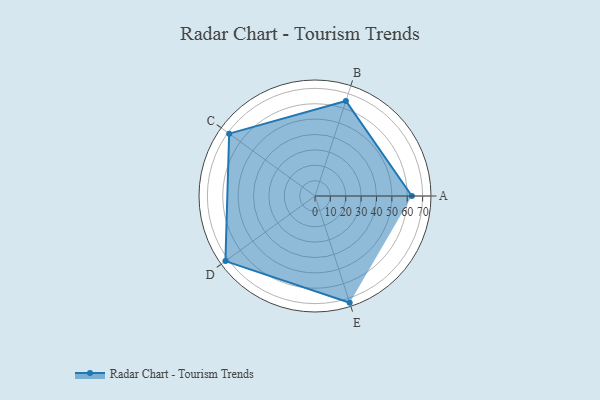
{"axis": {"x": "Skill", "y": "Score"}, "legend": ["Profile"], "data": [{"x": "A", "y": 63.0, "type": "Profile"}, {"x": "B", "y": 65.0, "type": "Profile"}, {"x": "C", "y": 69.0, "type": "Profile"}, {"x": "D", "y": 72.0, "type": "Profile"}, {"x": "E", "y": 73.0, "type": "Profile"}]}